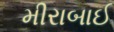
મીરાબાઈ